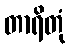
တာရိတုံ